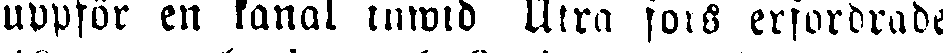
uppför en kanal inwid Atra fors erfordrade